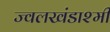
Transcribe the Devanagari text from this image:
ज्वलखंडाश्मी